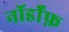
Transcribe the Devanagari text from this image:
नॉर्डॉफ़